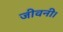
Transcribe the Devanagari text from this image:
जीवनी।